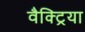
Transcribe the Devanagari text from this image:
वैक्ट्रिया